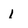
Character: 1